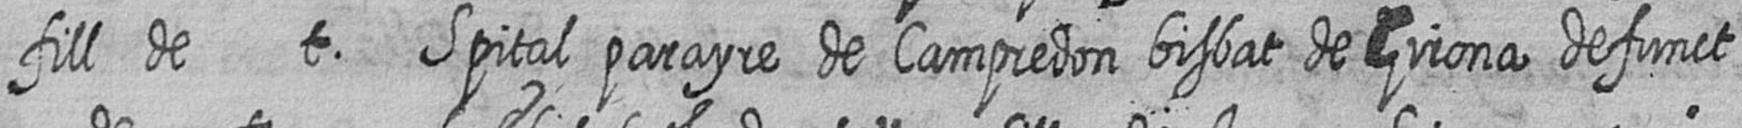
fill de t Spital parayre de Campredon bisbat de Girona defunct